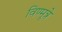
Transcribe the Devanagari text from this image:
विण्मूत्रे